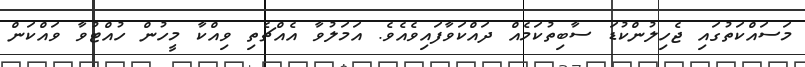
މަސައްކަތުގައި ޖެހިލުންކުޑަ ސާބިތުކަމެއް ދައްކަވާފައިވެއެވެ. އަމަލުވާ އެއްޗެތި ވިއްކާ މީހުން ހުއްޓުވާ ވައްކަން